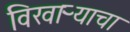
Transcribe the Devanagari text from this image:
विखाऱ्याचा